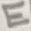
Text: E